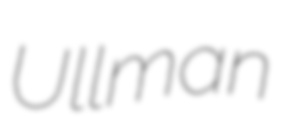
Ullman